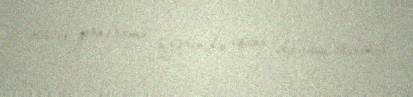
nüvə proqramı üzərində işini davam etdirib.